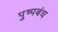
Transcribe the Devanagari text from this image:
पुष्पबंध